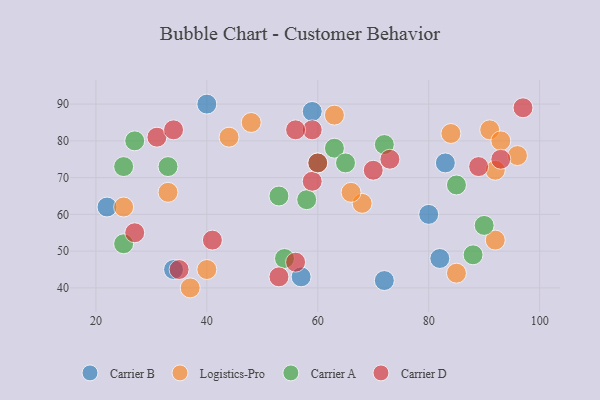
{"axis": {"x": "GDP", "y": "Life Expectancy"}, "legend": ["Carrier A", "Carrier B", "Carrier D", "Logistics-Pro"], "data": [{"x": "34", "y": 45, "type": "Carrier B"}, {"x": "59", "y": 88, "type": "Carrier B"}, {"x": "57", "y": 43, "type": "Carrier B"}, {"x": "83", "y": 74, "type": "Carrier B"}, {"x": "80", "y": 60, "type": "Carrier B"}, {"x": "82", "y": 48, "type": "Carrier B"}, {"x": "40", "y": 90, "type": "Carrier B"}, {"x": "22", "y": 62, "type": "Carrier B"}, {"x": "72", "y": 42, "type": "Carrier B"}, {"x": "91", "y": 83, "type": "Logistics-Pro"}, {"x": "96", "y": 76, "type": "Logistics-Pro"}, {"x": "33", "y": 66, "type": "Logistics-Pro"}, {"x": "37", "y": 40, "type": "Logistics-Pro"}, {"x": "93", "y": 80, "type": "Logistics-Pro"}, {"x": "48", "y": 85, "type": "Logistics-Pro"}, {"x": "68", "y": 63, "type": "Logistics-Pro"}, {"x": "92", "y": 53, "type": "Logistics-Pro"}, {"x": "40", "y": 45, "type": "Logistics-Pro"}, {"x": "63", "y": 87, "type": "Logistics-Pro"}, {"x": "92", "y": 72, "type": "Logistics-Pro"}, {"x": "44", "y": 81, "type": "Logistics-Pro"}, {"x": "25", "y": 62, "type": "Logistics-Pro"}, {"x": "66", "y": 66, "type": "Logistics-Pro"}, {"x": "85", "y": 44, "type": "Logistics-Pro"}, {"x": "84", "y": 82, "type": "Logistics-Pro"}, {"x": "27", "y": 80, "type": "Carrier A"}, {"x": "25", "y": 73, "type": "Carrier A"}, {"x": "85", "y": 68, "type": "Carrier A"}, {"x": "72", "y": 79, "type": "Carrier A"}, {"x": "63", "y": 78, "type": "Carrier A"}, {"x": "33", "y": 73, "type": "Carrier A"}, {"x": "65", "y": 74, "type": "Carrier A"}, {"x": "58", "y": 64, "type": "Carrier A"}, {"x": "90", "y": 57, "type": "Carrier A"}, {"x": "53", "y": 65, "type": "Carrier A"}, {"x": "54", "y": 48, "type": "Carrier A"}, {"x": "88", "y": 49, "type": "Carrier A"}, {"x": "25", "y": 52, "type": "Carrier A"}, {"x": "60", "y": 74, "type": "Carrier A"}, {"x": "31", "y": 81, "type": "Carrier D"}, {"x": "59", "y": 69, "type": "Carrier D"}, {"x": "27", "y": 55, "type": "Carrier D"}, {"x": "97", "y": 89, "type": "Carrier D"}, {"x": "59", "y": 83, "type": "Carrier D"}, {"x": "89", "y": 73, "type": "Carrier D"}, {"x": "35", "y": 45, "type": "Carrier D"}, {"x": "70", "y": 72, "type": "Carrier D"}, {"x": "73", "y": 75, "type": "Carrier D"}, {"x": "56", "y": 47, "type": "Carrier D"}, {"x": "53", "y": 43, "type": "Carrier D"}, {"x": "56", "y": 83, "type": "Carrier D"}, {"x": "93", "y": 75, "type": "Carrier D"}, {"x": "34", "y": 83, "type": "Carrier D"}, {"x": "41", "y": 53, "type": "Carrier D"}, {"x": "60", "y": 74, "type": "Carrier D"}]}